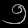
Digit: ၅